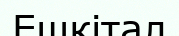
Ешкітал